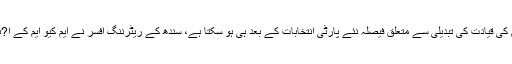
ترجمان الیکشن کمیشن نے کہا کہ ایم کیو ایم کی قیادت کی تبدیلی سے متعلق فیصلہ نئے پارٹی انتخابات کے بعد ہی ہو سکتا ہے، سندھ کے ریٹرننگ افسر نے ایم کیو ایم کے ا?ئین کے تحت سینیٹ کے ٹکٹ کا فیصلہ کیا۔